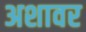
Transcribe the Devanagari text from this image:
अशावर